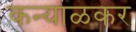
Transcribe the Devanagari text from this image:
कन्याळकर